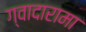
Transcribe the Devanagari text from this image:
ग्वादारामा